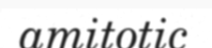
amitotic